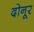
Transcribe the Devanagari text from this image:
दोनूर